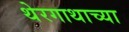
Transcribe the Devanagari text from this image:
थेरगाथाच्या